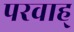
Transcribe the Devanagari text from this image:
परवाह्